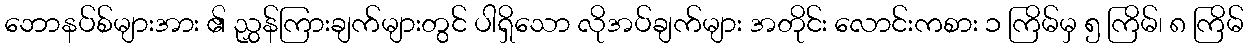
ဘောနပ်စ်များအား ၏ ညွှန်ကြားချက်များတွင် ပါရှိသော လိုအပ်ချက်များ အတိုင်း လောင်းကစား ၁ ကြိမ်မှ ၅ ကြိမ်၊ ၈ ကြိမ်